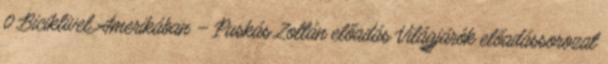
0 Biciklivel Amerikában – Puskás Zoltán előadás Világjárók előadássorozat